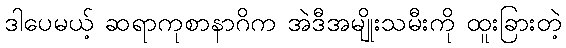
ဒါပေမယ့် ဆရာကုစာနာဂိက အဲဒီအမျိုးသမီးကို ထူးခြားတဲ့